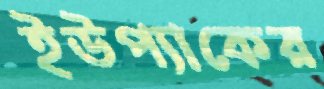
ইউপ্যাকের